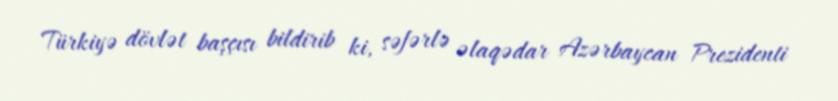
Türkiyə dövlət başçısı bildirib ki, səfərlə əlaqədar Azərbaycan Prezidenti